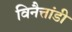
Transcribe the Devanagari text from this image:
विनैत्तांडी